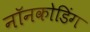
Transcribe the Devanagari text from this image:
नॉनकोडिंग